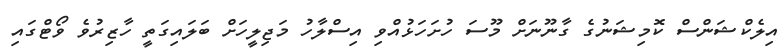
އިލެކްޝަންސް ކޮމިޝަނުގެ ގާނޫނަށް މޫސަ ހުށަހަޅުއްވި އިސްލާހު މަޖިލީހަށް ބަލައިގަތީ ހާޒިރުވެ ވޯޓްގައި